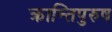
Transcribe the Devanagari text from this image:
क्रान्तिपुरुष